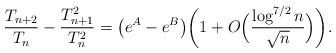
LaTeX: \begin{align*}{T_{n+2}\over T_{n}}-{T_{n+1}^2\over T_{n}^2}=\bigl(e^A-e^B\bigr)\biggl(1+O\Bigl({\log^{7/2}{n}\over\sqrt{n}}\Bigr)\biggr).\end{align*}